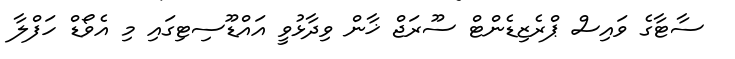
ސާޓާގެ ވައިސް ޕްރެޒިޑެންޓް ސޫރަޖް ޚާން ވިދާޅުވީ އައްޑޫސިޓިގައި މި އެވޯޑް ހަފްލާ